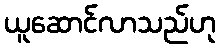
ယူဆောင်လာသည်ဟု